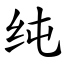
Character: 纯